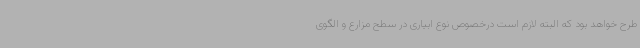
طرح خواهد بود که البته لازم است درخصوص نوع ابیاری در سطح مزارع و الگوی